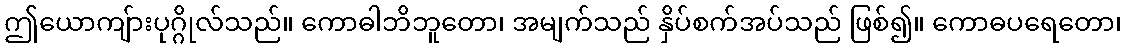
ဤယောကျ်ားပုဂ္ဂိုလ်သည်။ ကောဓါဘိဘူတော၊ အမျက်သည် နှိပ်စက်အပ်သည် ဖြစ်၍။ ကောဓပရေတော၊